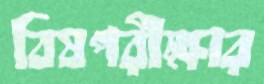
বিষপরীক্ষার